Annual administration report of the Civil Veterinary Department of India - 1903-1904
Year: 1903
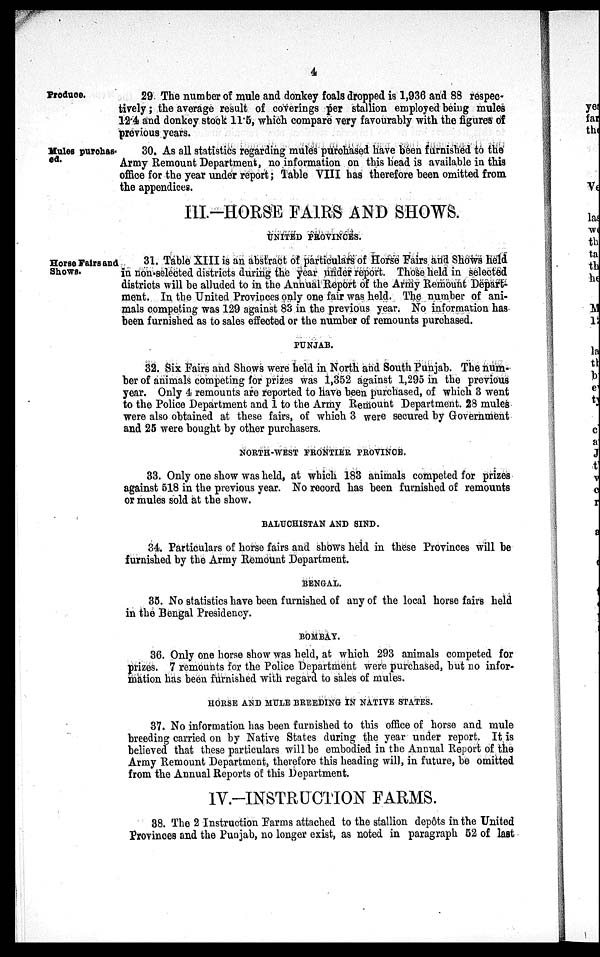
4
Produce.
29 The number of mule and donkey foals dropped is 1,936 and 88 respec-
tively; the average result of coverings per stallion employed being mules
12.4 and donkey stock 11.5, which compare very favourably with the figures of
previous years.
Mules purchas
ed.
30. As all statistics regarding mules purchased have been furnished to the
Army Remount Department, no information on this head is available in this
office for the year under report; Table VIII has therefore been omitted from
the appendices.
III.-HORSE FAIRS AND SHOWS.
UNITED PROVINCES.
Horse Fairs and
Shows.
31. Table XIII is an abstract of particulars of Horse Fairs and Shows held
in non-selected districts during the year under report. Those held in selected
districts will be alluded to in the Annual Report of the Army Remount Depart-
ment. In the United Provinces only one fair was held. The number of ani-
mals competing was 129 against 83 in the previous year. No information has
been furnished as to sales effected or the number of remounts purchased.
PUNJAB.
32. Six Fairs and Shows were held in North and South Punjab. The num-
ber of animals competing for prizes was 1,352 against 1,295 in the previous
year. Only 4 remounts are reported to have been purchased, of which 3 went
to the Police Department and 1 to the Army Remount Department. 28 mules
were also obtained at these fairs, of which 3 were secured by Government
and 25 were bought by other purchasers.
NORTH-WEST FRONTIER PROVINCE.
33. Only one show was held, at which 183 animals competed for prizes
against 518 in the previous year. No record has been furnished of remounts
or mules sold at the show.
BALUCHISTAN AND SIND.
34. Particulars of horse fairs and shows held in these Provinces will be
furnished by the Army Remount Department.
BENGAL.
35. No statistics have been furnished of any of the local horse fairs held
in the Bengal Presidency.
BOMBAY.
36. Only one horse show was held, at which 293 animals competed for
prizes. 7 remounts for the Police Department were purchased, but no infor-
mation has been furnished with regard to sales of mules.
HORSE AND MULE BREEDING IN NATIVE STATES.
37. No information has been furnished to this office of horse and mule
breeding carried on by Native States during the year under report. It is
believed that these particulars will be embodied in the Annual Report of the
Army Remount Department, therefore this heading will, in future, be omitted
from the Annual Reports of this Department.
IV.-INSTRUCTION FARMS.
38. The 2 Instruction Farms attached to the stallion depôts in the United
Provinces and the Punjab, no longer exist, as noted in paragraph 52 of last